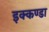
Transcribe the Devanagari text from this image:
इक्कण्डा